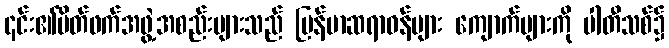
၎င်း၏မိတ်ဖက်အဖွဲ့အစည်းများသည် မြန်မာဆရာဝန်များ ကျောက်များကို ပါတီသစ်၌